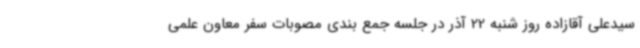
سیدعلی آقازاده روز شنبه 22 آذر در جلسه جمع بندی مصوبات سفر معاون علمی